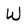
Character: W